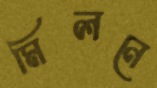
মিলনে